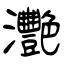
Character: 灧